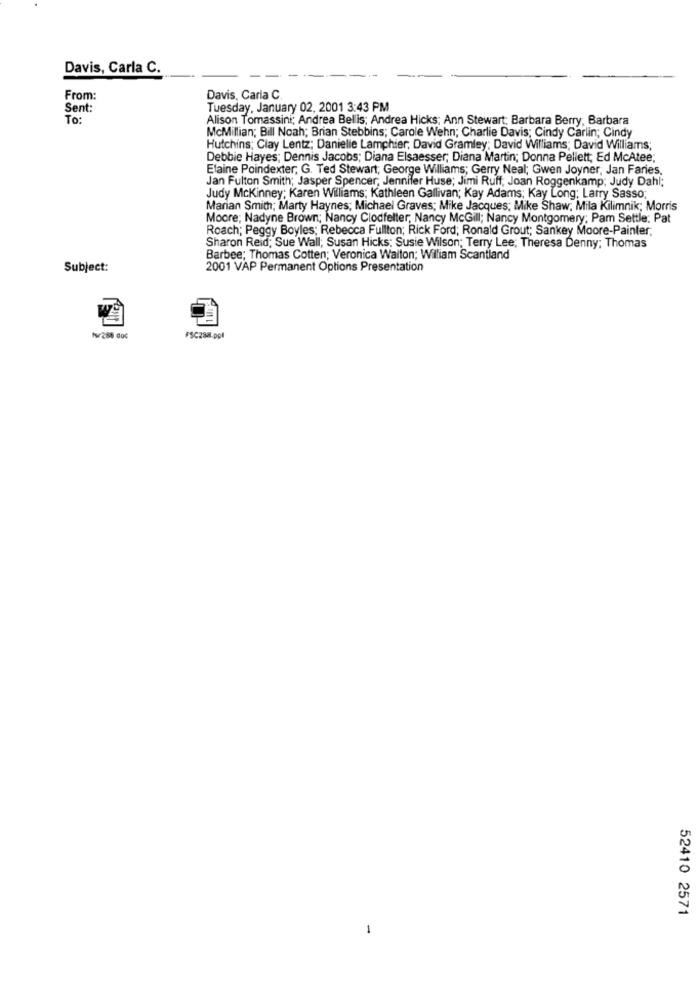
Davis, Carla C.
From:
Davis, Caria C
Sent:
Tuesday, January 02, 2001 3:43 PM
To:
Alison Tomassini; Andrea Bellis; Andrea Hicks; Ann Stewart: Barbara Berry, Barbara
McMillian; Bill Noah; Brian Stebbins; Carole Wehn; Charlie Davis; Cindy Carlin; Cindy
Hutchins; Clay Lentz; Danielle Lamphier, David Gramley; David Williams; David Williams;
Debbie Hayes; Dennis Jacobs; Diana Elsaesser; Diana Martin; Donna Pellett; Ed McAtee;
Elaine Poindexter, G. Ted Stewart; George Williams; Gerry Neal; Gwen Joyner, Jan Faries,
Jan Fulton Smith; Jasper Spencer, Jennifer Huse; Jimi Ruff; Joan Roggenkamp; Judy Dahl;
Judy Mckinney; Karen Williams; Kathleen Gallivan; Kay Adams; Kay Long; Larry Sasso;
Marian Smith; Marty Haynes; Michael Graves; Mike Jacques; Mike Shaw, Mila Kilimnik; Morris
Moore; Nadyne Brown; Nancy Clodfelter, Nancy McGill; Nancy Montgomery; Pam Settle: Pat
Roach; Peggy Boyles; Rebecca Fullton; Rick Ford; Ronald Grout; Sankey Moore-Painter,
Sharon Reid: Sue Wall; Susan Hicks; Susie Wilson; Terry Lee; Theresa Denny; Thomas
Barbee; Thomas Cotten; Veronica Waiton; William Scantland
Subject:
2001 VAP Permanent Options Presentation
W
FSC288.ppl
52410 2571
-